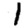
Digit: 1